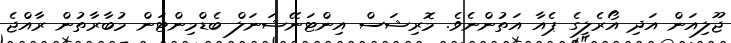
ޖޫލިއަން އަދި އޯރެލީގެ ޕެއާ އަތުންނެވެ. މޮރިޝަސް އިންޓަނޭޝަނަލް ބެޑްމިންޓަން މުބާރާތުން ރާއްޖެ